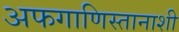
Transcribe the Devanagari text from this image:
अफगाणिस्तानाशी